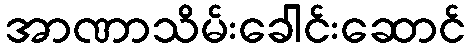
အာဏာသိမ်းခေါင်းဆောင်